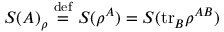
S ( A ) _ { \rho } \ { \stackrel { \mathrm { d e f } } { = } } \ S ( \rho ^ { A } ) = S ( \mathrm { t r } _ { B } \rho ^ { A B } )